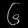
Digit: ၆